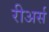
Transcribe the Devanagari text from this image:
रीअर्स